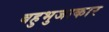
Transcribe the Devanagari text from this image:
बहुभुजाकार